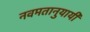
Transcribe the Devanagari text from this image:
नवमतानुयायी